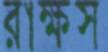
রাক্ষস